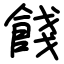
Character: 餞